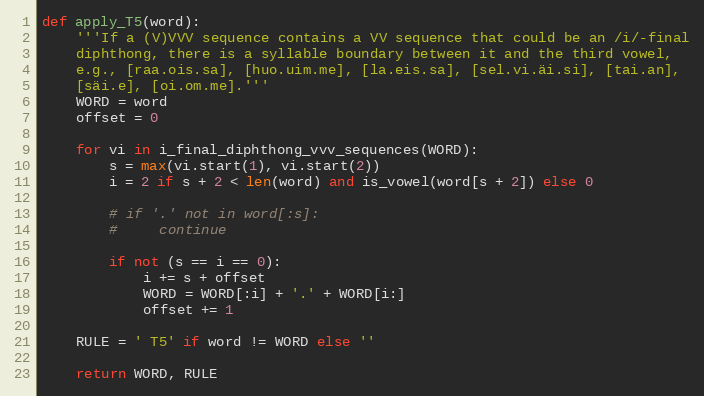
Language: Python
def apply_T5(word):
    '''If a (V)VVV sequence contains a VV sequence that could be an /i/-final
    diphthong, there is a syllable boundary between it and the third vowel,
    e.g., [raa.ois.sa], [huo.uim.me], [la.eis.sa], [sel.vi.äi.si], [tai.an],
    [säi.e], [oi.om.me].'''
    WORD = word
    offset = 0

    for vi in i_final_diphthong_vvv_sequences(WORD):
        s = max(vi.start(1), vi.start(2))
        i = 2 if s + 2 < len(word) and is_vowel(word[s + 2]) else 0

        # if '.' not in word[:s]:
        #     continue

        if not (s == i == 0):
            i += s + offset
            WORD = WORD[:i] + '.' + WORD[i:]
            offset += 1

    RULE = ' T5' if word != WORD else ''

    return WORD, RULE